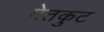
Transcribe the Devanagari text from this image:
मेतकुट